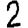
Digit: 2